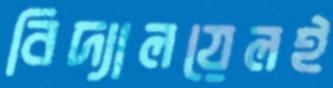
বিদ্যালয়েলই